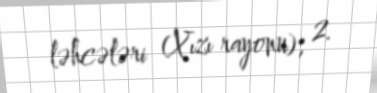
ləhcələri (Xızı rayonu); 2.